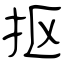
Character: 抠